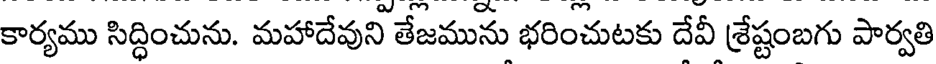
కార్యము సిద్ధించును. మహాదేవుని తేజమును భరించుటకు దేవీ శ్రేష్టంబగు పార్వతి